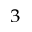
_ { 3 }